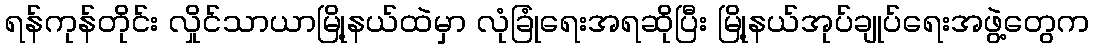
ရန်ကုန်တိုင်း လှိုင်သာယာမြို့နယ်ထဲမှာ လုံခြုံရေးအရဆိုပြီး မြို့နယ်အုပ်ချုပ်ရေးအဖွဲ့တွေက